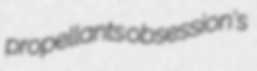
propellants obsession's